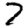
Digit: 7